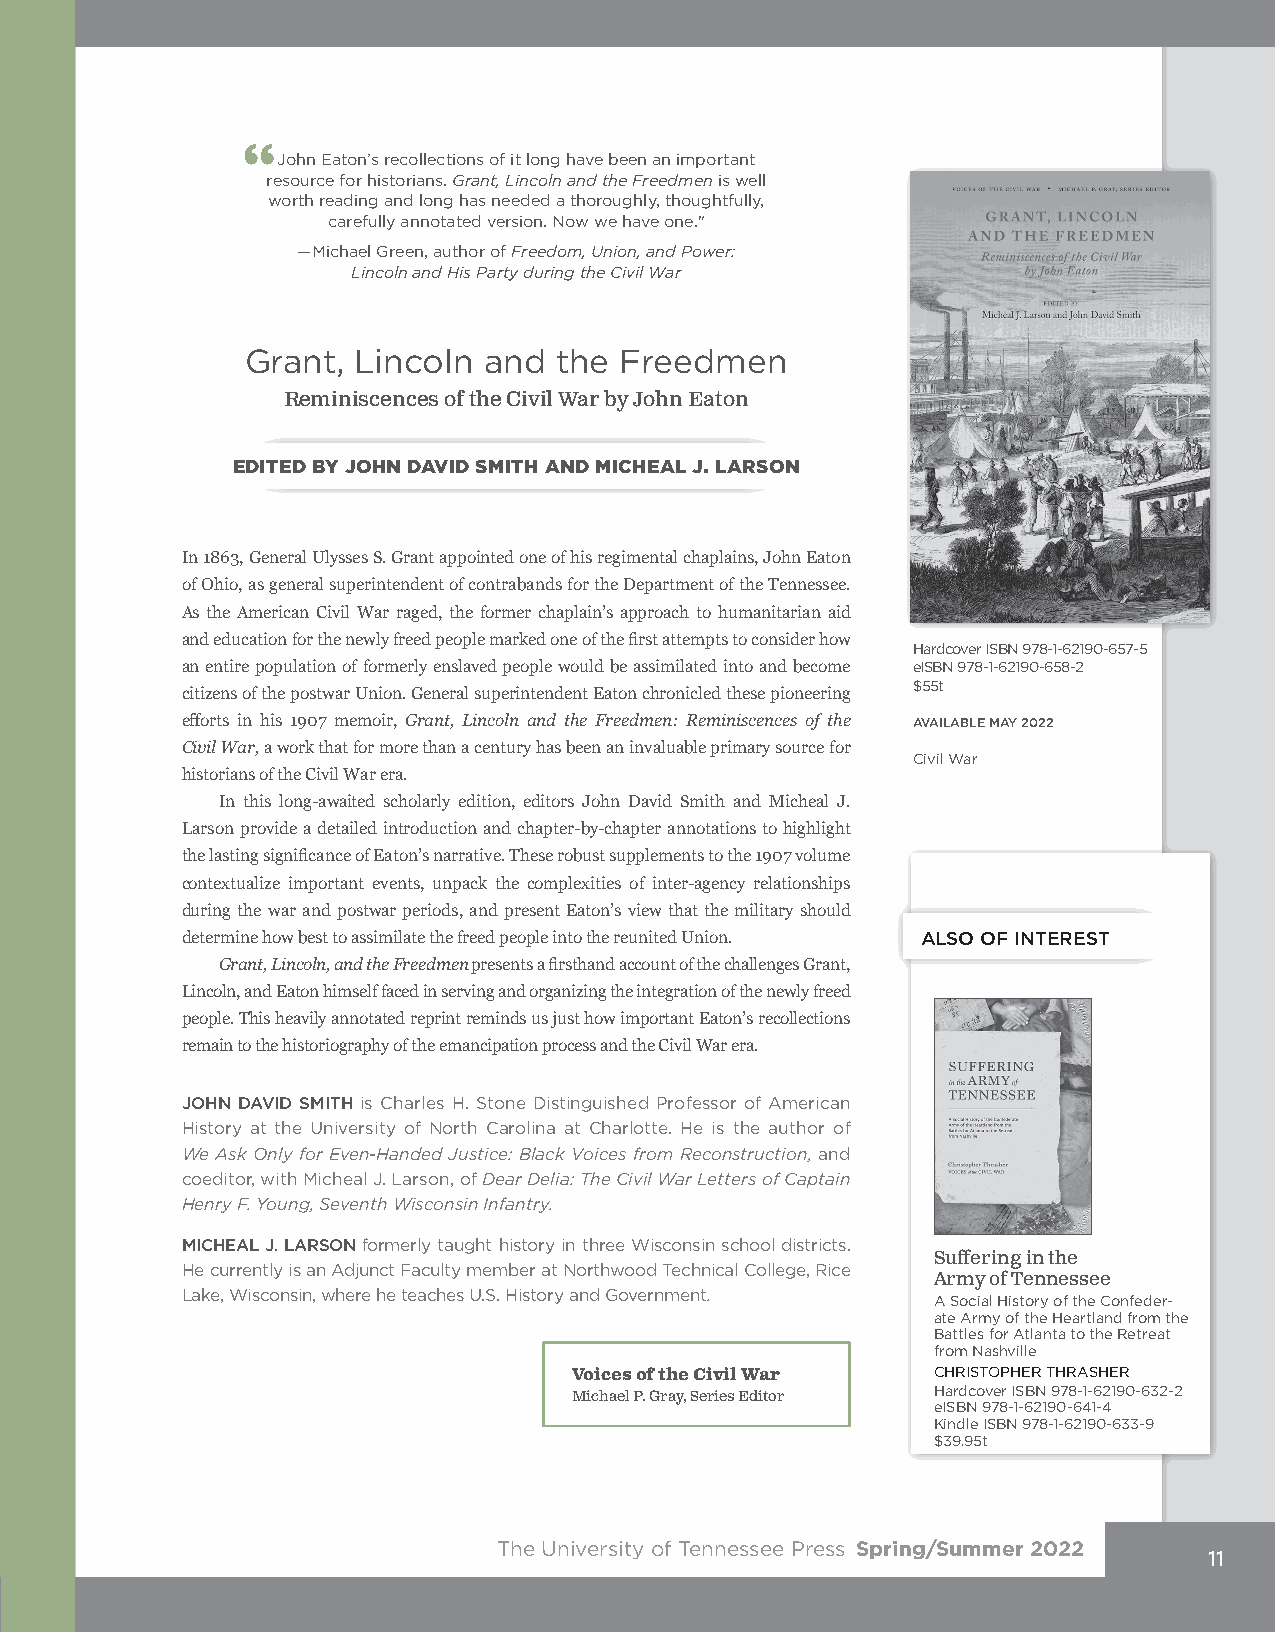
“John Eaton’s recollections of it long have been an important
 resource for historians. Grant, Lincoln and the Freedmen is well
 worth reading and long has needed a thoroughly, thoughtfully,
 carefully annotated version. Now we have one."
 —Michael Green, author of Freedom, Union, and Power:
 Lincoln and His Party during the Civil War
 Grant, Lincoln  and  the Freedmen
 Reminiscences of the Civil War by John Eaton
 EDITED BY JOHN DAVID SMITH AND MICHEAL J. LARSON
 In 1863, General Ulysses S. Grant appointed one of his regimental chaplains, John Eaton
 of Ohio, as general superintendent of contrabands for the Department of the Tennessee.
 As the American Civil War raged, the former chaplain’s approach to humanitarian aid
 and education for the newly freed people marked one of the first attempts to consider how
 Hardcover ISBN 978-1-62190-657-5
 an entire population of formerly enslaved people would be assimilated into and become eISBN 978-1-62190-658-2
 $55t
 citizens of the postwar Union. General superintendent Eaton chronicled these pioneering
 efforts in his 1907 memoir, Grant, Lincoln and the Freedmen: Reminiscences of the AVAILABLE MAY 2022
 Civil War, a work that for more than a century has been an invaluable primary source for
 Civil War
 historians of the Civil War era.
 In this long-awaited scholarly edition, editors John David Smith and Micheal J.
 Larson provide a detailed introduction and chapter-by-chapter annotations to highlight
 the lasting significance of Eaton’s narrative. These robust supplements to the 1907 volume
 contextualize important events, unpack the complexities of inter-agency relationships
 during the war and postwar periods, and present Eaton’s view that the military should
 determine how best to assimilate the freed people into the reunited Union. ALSO OF INTEREST
 Grant, Lincoln, and the Freedmen presents a firsthand account of the challenges Grant,
 Lincoln, and Eaton himself faced in serving and organizing the integration of the newly freed
 people. This heavily annotated reprint reminds us just how important Eaton’s recollections
 remain to the historiography of the emancipation process and the Civil War era.
 JOHN DAVID SMITH is Charles H. Stone Distinguished Professor of American
 History at the University of North Carolina at Charlotte. He is the author of
 We Ask Only for Even-Handed Justice: Black Voices from Reconstruction, and
 coeditor, with Micheal J. Larson, of Dear Delia: The Civil War Letters of Captain
 Henry F. Young, Seventh Wisconsin Infantry.
 MICHEAL J. LARSON formerly taught history in three Wisconsin school districts.
 Suffering in the
 He currently is an Adjunct Faculty member at Northwood Technical College, Rice
 Army of Tennessee
 Lake, Wisconsin, where he teaches U.S. History and Government.
 A Social History of the Confeder-
 ate Army of the Heartland from the
 Battles for Atlanta to the Retreat
 from Nashville
 Voices of the Civil War CHRISTOPHER THRASHER
 Hardcover ISBN 978-1-62190-632-2
 Michael P. Gray, Series Editor
 eISBN 978-1-62190-641-4
 Kindle ISBN 978-1-62190-633-9
 $39.95t
 The University of Tennessee Press Spring/Summer 2022
 11